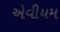
એવીયમ